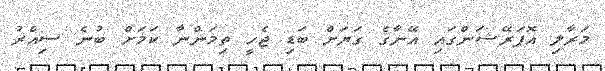
މަރާލި އޮޕަރޭޝަންގައި އޭނާގެ ގަޔަށް ބަޑި ޖެހީ ތިމަންނާ ކަމަށް ބުނެ ސިއްރު